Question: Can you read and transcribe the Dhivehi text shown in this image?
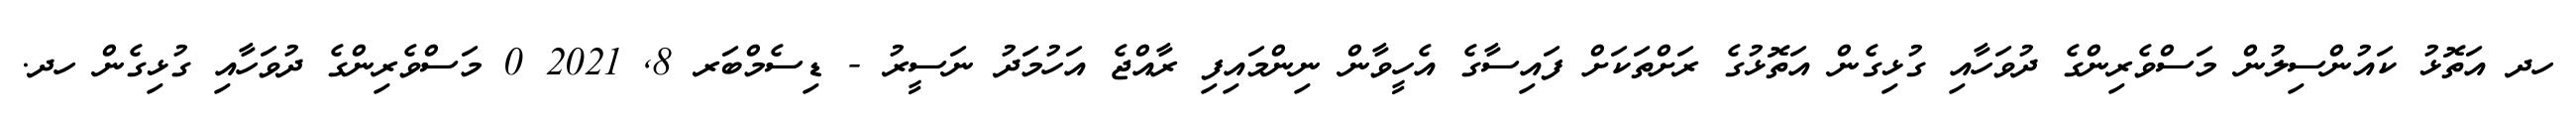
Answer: ހދ އަތޮޅު ކައުންސިލުން މަސްވެރިންގެ ދުވަހާއި ގުޅިގެން އަތޮޅުގެ ރަށްތަކަށް ފައިސާގެ އެހީވާން ނިންމައިފި ރާއްޖެ އަހުމަދު ނަސީރު - ޑިސެމްބަރ 8, 2021 0 މަސްވެރިންގެ ދުވަހާއި ގުޅިގެން ހދ.